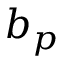
b _ { p }